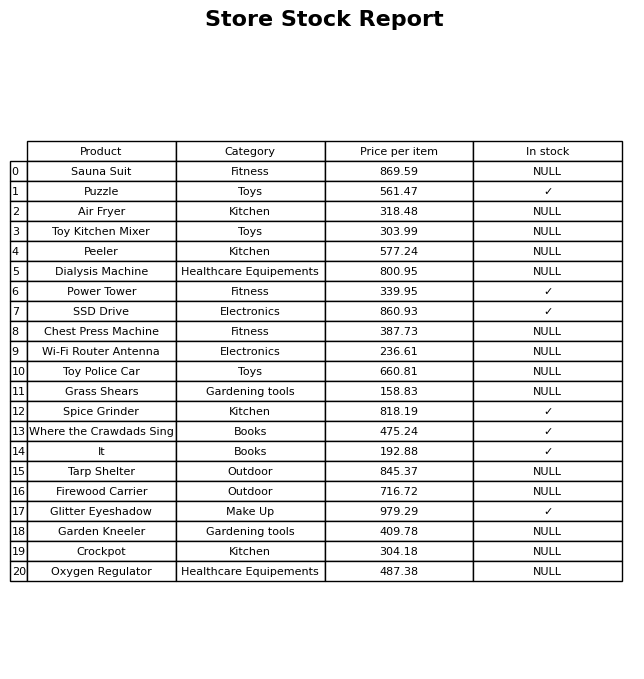
question: Is the Grass Shears in stock?
answer: NULL